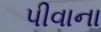
પીવાના